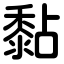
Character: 黏